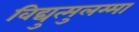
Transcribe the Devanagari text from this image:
विद्युत्मुलम्मा